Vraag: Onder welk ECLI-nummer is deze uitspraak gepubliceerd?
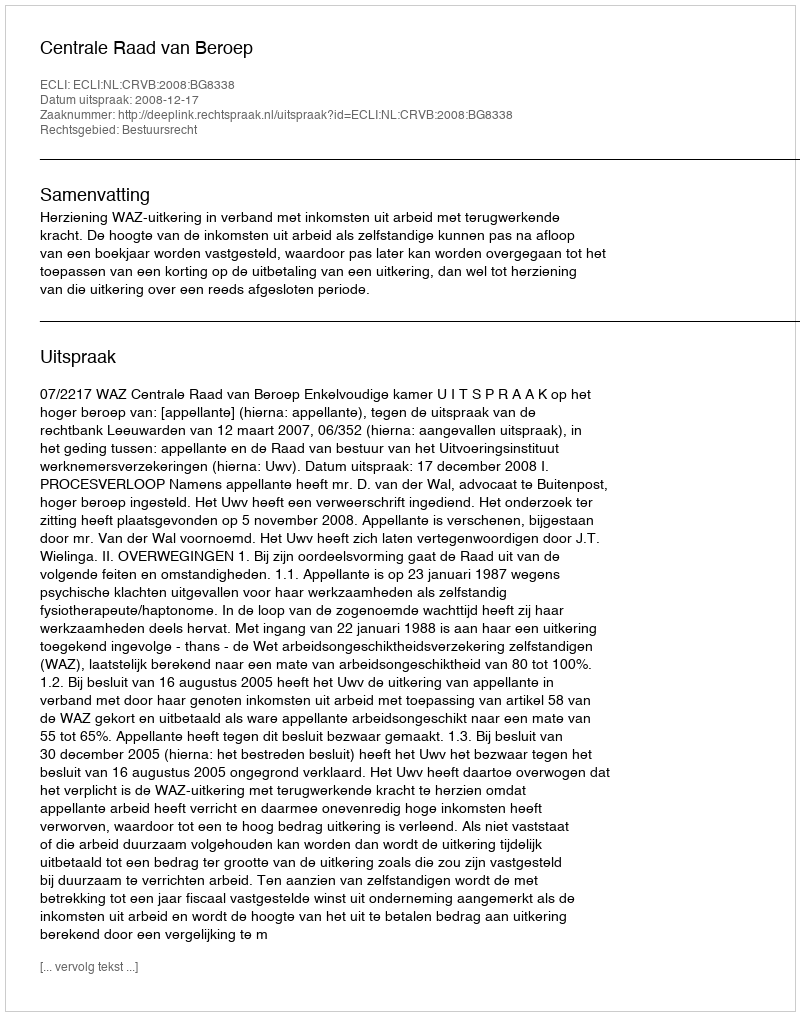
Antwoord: ECLI:NL:CRVB:2008:BG8338